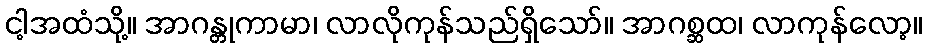
ငါ့အထံသို့။ အာဂန္တုကာမာ၊ လာလိုကုန်သည်ရှိသော်။ အာဂစ္ဆထ၊ လာကုန်လော့။